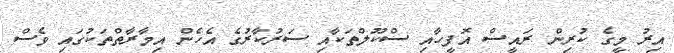
އިރު މީގެ ކުރިން ރައީސް އޮފީހާއި ސްކޫލްތަކާއި ސަރުކާރުގެ އެހެން އިމާރާތްތަކުގައި ވެސް